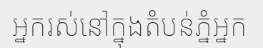
អ្នករស់នៅក្នុងតំបន់ភ្នំអ្នក